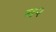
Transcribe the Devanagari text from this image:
म२